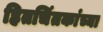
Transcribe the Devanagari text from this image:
हितचिंतकांच्या